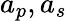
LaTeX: a_{p},a_{s}